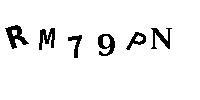
RM79PN